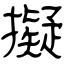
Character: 擬